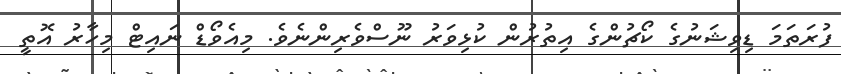
ފުރަތަމަ ޑިވިޝަނުގެ ކޯޗުންގެ އިތުރުން ކުޅިވަރު ނޫސްވެރިންނެވެ. މިއެވޯޑް ނައިޓް މިހާރު އޮތީ